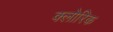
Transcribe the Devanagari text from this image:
क्लोरिक